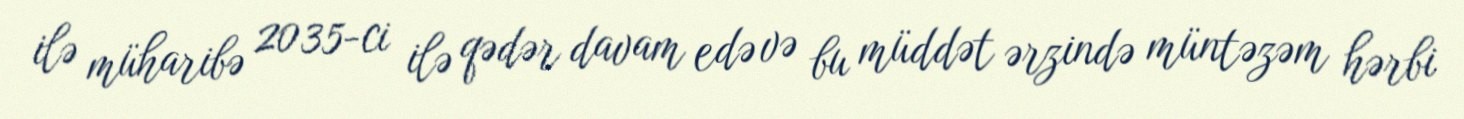
ilə müharibə 2035-ci ilə qədər davam edə və bu müddət ərzində müntəzəm hərbi